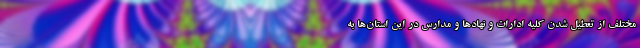
مختلف از تعطیل شدن کلیه ادارات و نهادها و مدارس در این استان‌ها به